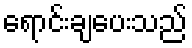
ရောင်းချပေးသည်